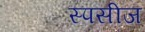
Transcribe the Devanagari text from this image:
स्पसीज